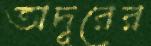
অদূরের